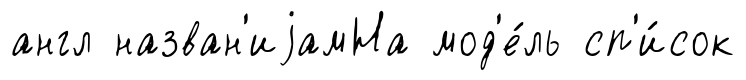
англ назван'иjамНа мод'е́ль сп'и́сок